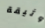
وثيقة